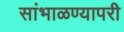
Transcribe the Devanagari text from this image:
सांभाळण्यापरी